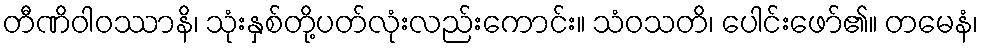
တီဏိဝါဝဿာနိ၊ သုံးနှစ်တို့ပတ်လုံးလည်းကောင်း။ သံဝသတိ၊ ပေါင်းဖော်၏။ တမေနံ၊